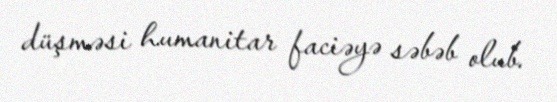
düşməsi humanitar faciəyə səbəb olub.